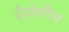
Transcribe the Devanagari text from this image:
शैजेसीन